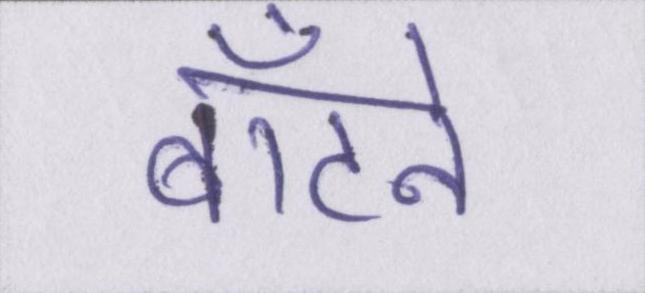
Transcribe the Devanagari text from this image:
बाँटने